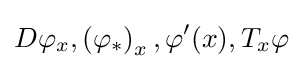
D\varphi _{x},\left(\varphi _{*}\right)_{x},\varphi '(x),T_{x}\varphi